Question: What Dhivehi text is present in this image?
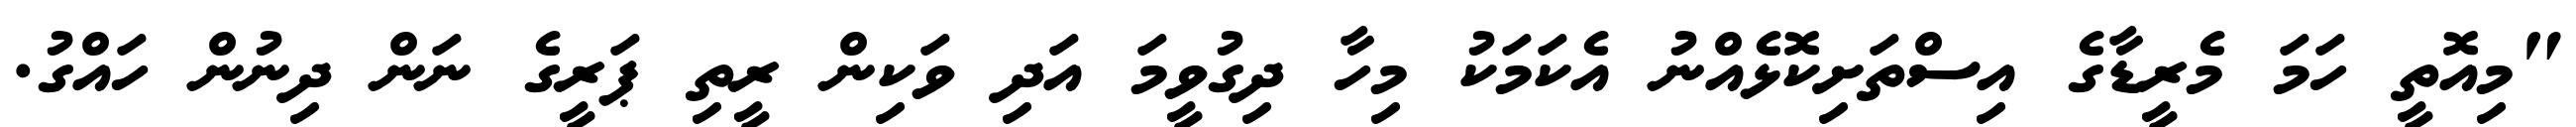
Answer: "މިއޮތީ ހަމަ މެރީޑާގެ އިސްތަށިކޮޅެއްނު އެކަމަކު މިހާ ދިގުވީމަ އަދި ވަކިން ރީތި ޕަރީގެ ނަން ދިނުން ހައްގު.